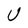
Character: U